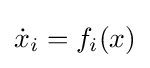
{\dot {x}}_{i}=f_{i}(x)